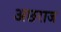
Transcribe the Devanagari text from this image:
अछराज